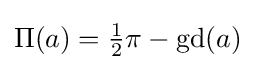
\Pi (a)={\tfrac {1}{2}}\pi -\operatorname {gd} (a)